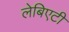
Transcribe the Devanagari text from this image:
लेबिएटी